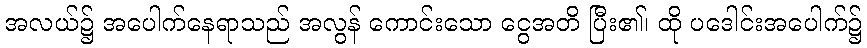
အလယ်၌ အပေါက်နေရာသည် အလွန် ကောင်းသော ငွေအတိ ပြီး၏၊ ထို ပဒေါင်းအပေါက်၌